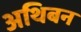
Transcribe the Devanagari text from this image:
अथिबन